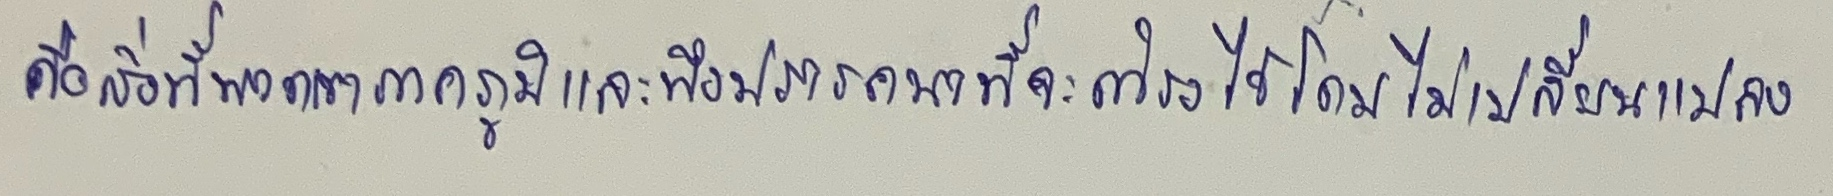
คือสิ่งที่พวกเขาภาคภูมิและพึงปรารถนาที่จะดำรงไว้โดยไม่เปลี่ยนแปลง